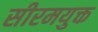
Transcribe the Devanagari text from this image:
सीरमयुक्त